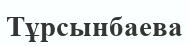
Тұрсынбаева